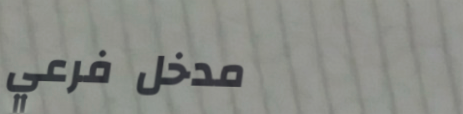
مدخل فرعي